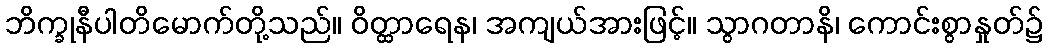
ဘိက္ခုနီပါတိမောက်တို့သည်။ ဝိတ္ထာရေန၊ အကျယ်အားဖြင့်။ သွာဂတာနိ၊ ကောင်းစွာနှုတ်၌